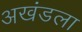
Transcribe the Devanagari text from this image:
अखंडला